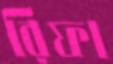
রিফা